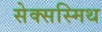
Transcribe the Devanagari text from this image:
सेक्सस्मिथ